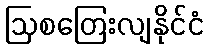
ဩစတြေးလျနိုင်ငံ